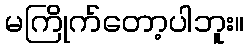
မကြိုက်တော့ပါဘူး။